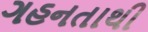
ગહનતાથી